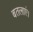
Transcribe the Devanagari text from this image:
बतलाएं।